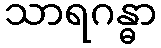
သာရဂန္ဓာ